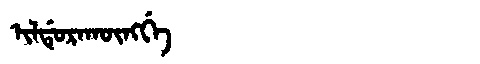
Manchu: ᡳᠯᡩᡠᡵᠠᡴᡡᠩᡤᡝ
Romanization: ILDURAKŪNGGE